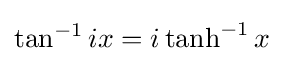
\tan ^{-1}ix=i\tanh ^{-1}x